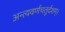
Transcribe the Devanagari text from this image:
अन्त्यवर्णचतुर्दशम्।